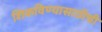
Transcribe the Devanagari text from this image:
शिकविण्यासाठीची